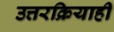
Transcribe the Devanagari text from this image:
उत्तरक्रियाही